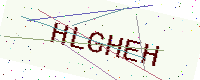
Text: HLGHEH